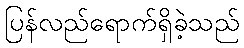
ပြန်လည်ရောက်ရှိခဲ့သည်